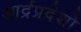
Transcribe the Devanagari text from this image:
आर्द्रप्रदेशों